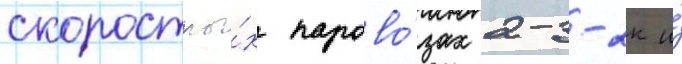
скоростны́х парово́зах 2-3-2к и́